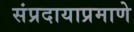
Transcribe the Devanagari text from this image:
संप्रदायाप्रमाणे